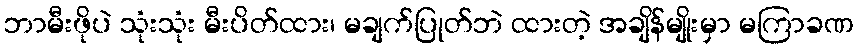
ဘာမီးဖိုပဲ သုံးသုံး မီးပိတ်ထား၊ မချက်ပြုတ်ဘဲ ထားတဲ့ အချိန်မျိုးမှာ မကြာခဏ